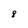
Character: 8